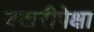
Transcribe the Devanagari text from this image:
बखरीपेक्षा